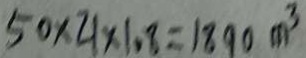
5 0 \times 2 1 \times 1 . 8 = 1 8 9 0 m ^ { 3 }